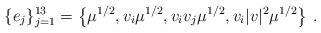
LaTeX: \begin{align*} \{ e_j \}^{13}_{j=1}=\left\lbrace \mu^{1/2} , v_i \mu^{1/2} ,v_iv_j\mu^{1/2} , v_i|v|^2\mu^{1/2} \right\rbrace\,.\end{align*}